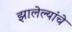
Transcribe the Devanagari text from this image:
झालेल्यांचे